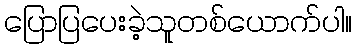
ပြောပြပေးခဲ့သူတစ်ယောက်ပါ။